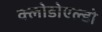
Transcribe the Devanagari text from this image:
क्लोडोएल्डो